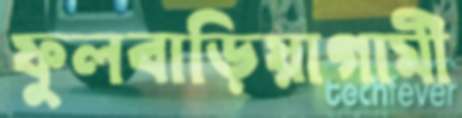
ফুলবাড়িয়াগামী